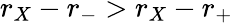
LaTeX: r_{X}-r_{-}>r_{X}-r_{+}